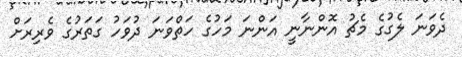
ދެވަނަ ލެގުގެ މެޗު އޮންނާނީ އަންނަ މަހުގެ ހަތްވަނަ ދުވަހު ގަތަރުގެ ވެރިރަށް